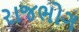
રાજભોગ